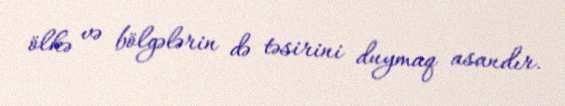
ölkə və bölgələrin də təsirini duymaq asandır.